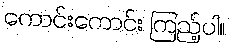
ကောင်းကောင်း ကြည့်ပါ။